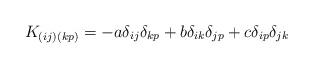
LaTeX: \begin{align*} K_{(ij)(kp)} = - a{\delta _{ij}}{\delta _{kp}} + b{\delta _{ik}}{\delta _{jp}} + c{\delta _{ip}}{\delta _{jk}}\end{align*}